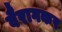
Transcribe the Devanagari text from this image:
वैरागकर